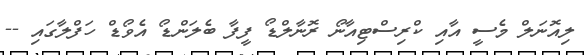
ލިއޮނަލް މެސީ އާއި ކްރިސްޓިއާނޯ ރޮނާލްޑޯ ފީފާ ބެލަންޑޯ އެވޯޑް ހަފްލާގައި --